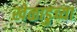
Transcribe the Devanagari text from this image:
खेळाडुच्या